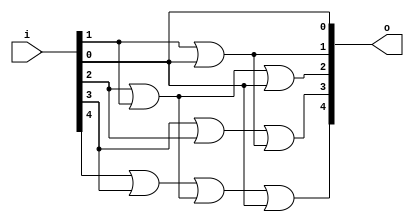
module bsg_scan_width_p5_or_p1_lo_to_hi_p1
(
  i,
  o
);

  input [4:0] i;
  output [4:0] o;
  wire [4:0] o;
  wire t_2__4_,t_2__3_,t_2__2_,t_2__1_,t_2__0_,t_1__4_,t_1__3_,t_1__2_,t_1__1_,t_1__0_;
  assign t_1__4_ = i[0] | 1'b0;
  assign t_1__3_ = i[1] | i[0];
  assign t_1__2_ = i[2] | i[1];
  assign t_1__1_ = i[3] | i[2];
  assign t_1__0_ = i[4] | i[3];
  assign t_2__4_ = t_1__4_ | 1'b0;
  assign t_2__3_ = t_1__3_ | 1'b0;
  assign t_2__2_ = t_1__2_ | t_1__4_;
  assign t_2__1_ = t_1__1_ | t_1__3_;
  assign t_2__0_ = t_1__0_ | t_1__2_;
  assign o[0] = t_2__4_ | 1'b0;
  assign o[1] = t_2__3_ | 1'b0;
  assign o[2] = t_2__2_ | 1'b0;
  assign o[3] = t_2__1_ | 1'b0;
  assign o[4] = t_2__0_ | t_2__4_;

endmodule